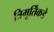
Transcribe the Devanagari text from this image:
त्रिमूर्तिंकडे